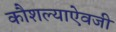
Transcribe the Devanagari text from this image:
कौशल्याऐवजी